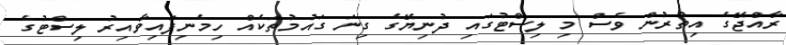
ރާއްޖޭގެ އިތުރުން ވެސް މި ލިސްޓުގައި ދުނިޔޭގެ ގިނަ ގައުމުތަކެއް ހިމެނިފައިވާއިރު ލިސްޓުގެ